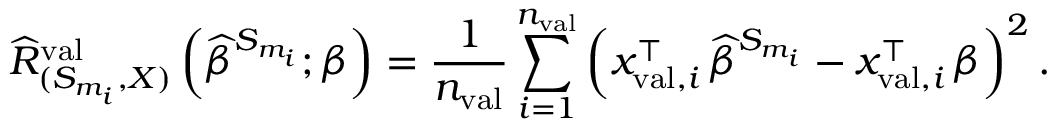
\widehat { R } _ { ( S _ { m _ { i } } , X ) } ^ { \mathrm { v a l } } \left( \widehat { \beta } ^ { S _ { m _ { i } } } ; \beta \right) = \frac { 1 } { n _ { \mathrm { v a l } } } \sum _ { i = 1 } ^ { n _ { \mathrm { v a l } } } \left( x _ { \mathrm { v a l } , i } ^ { \top } \, \widehat { \beta } ^ { S _ { m _ { i } } } - x _ { \mathrm { v a l } , i } ^ { \top } \, \beta \right) ^ { 2 } .